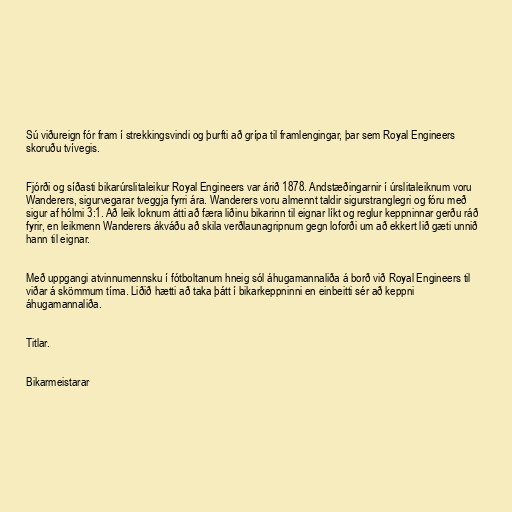
Sú viðureign fór fram í strekkingsvindi og þurfti að grípa til framlengingar, þar sem Royal Engineers
skoruðu tvívegis.

Fjórði og síðasti bikarúrslitaleikur Royal Engineers var árið 1878. Andstæðingarnir í úrslitaleiknum voru
Wanderers, sigurvegarar tveggja fyrri ára. Wanderers voru almennt taldir sigurstranglegri og fóru með
sigur af hólmi 3:1. Að leik loknum átti að færa liðinu bikarinn til eignar líkt og reglur keppninnar gerðu ráð
fyrir, en leikmenn Wanderers ákváðu að skila verðlaunagripnum gegn loforði um að ekkert lið gæti unnið
hann til eignar.

Með uppgangi atvinnumennsku í fótboltanum hneig sól áhugamannaliða á borð við Royal Engineers til
viðar á skömmum tíma. Liðið hætti að taka þátt í bikarkeppninni en einbeitti sér að keppni
áhugamannaliða.

Titlar.

Bikarmeistarar